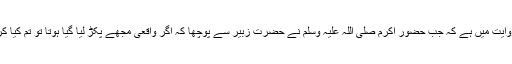
ایک روایت میں ہے کہ جب حضور اکرم صلی اللہ علیہ وسلم نے حضرت زبیر سے پوچھا کہ اگر واقعی مجھے پکڑ لیا گیا ہوتا تو تم کیا کرتے ؟